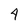
Character: 4